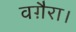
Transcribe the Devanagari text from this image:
वग़ैरा।